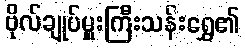
ဗိုလ်ချုပ်မှူးကြီးသန်းရွှေ၏